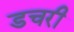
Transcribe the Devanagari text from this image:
डचरी